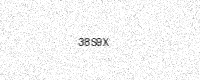
Text: 38S9X